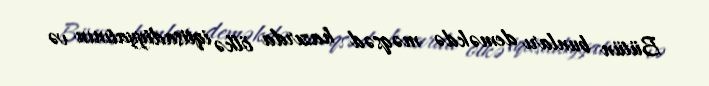
Bütün bunları deməkdə məqsəd hazırda ölkə iqtisadiyyatının və